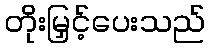
တိုးမြှင့်ပေးသည်